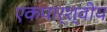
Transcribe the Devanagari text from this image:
एकपार्श्वीय